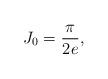
LaTeX: \begin{align*} J_0=\frac{\pi}{2e}, \end{align*}